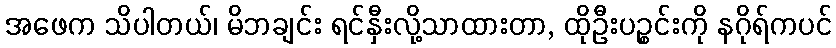
အဖေက သိပါတယ်၊ မိဘချင်း ရင်နှီးလို့သာထားတာ, ထိုဦးပဉ္စင်းကို နဂိုရ်ကပင်